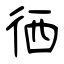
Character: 徆